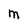
Character: M